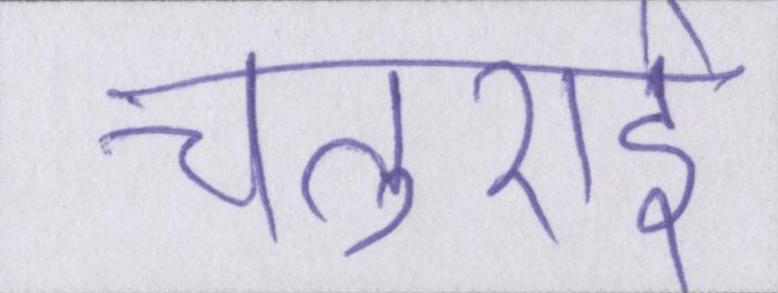
चतुराई